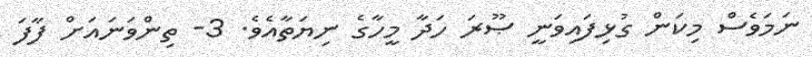
ނަމަވެސް މިކަން ގުޅިފައިވަނީ ޞޫރަ ހަދާ މީހާގެ ނިޔަތާއެވެ. 3- ތިންވަނައަށް ފާފަ